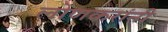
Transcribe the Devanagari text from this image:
लोणकरांनी